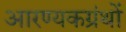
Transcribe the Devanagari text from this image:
आरण्यकग्रंथों